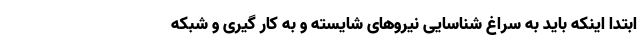
ابتدا اینکه باید به سراغ شناسایی نیروهای شایسته و به کار گیری و شبکه